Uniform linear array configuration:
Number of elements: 32
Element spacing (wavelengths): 0.25
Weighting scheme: hamming
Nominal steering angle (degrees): -30
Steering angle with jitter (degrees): -29.948
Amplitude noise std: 0.05
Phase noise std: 0.05

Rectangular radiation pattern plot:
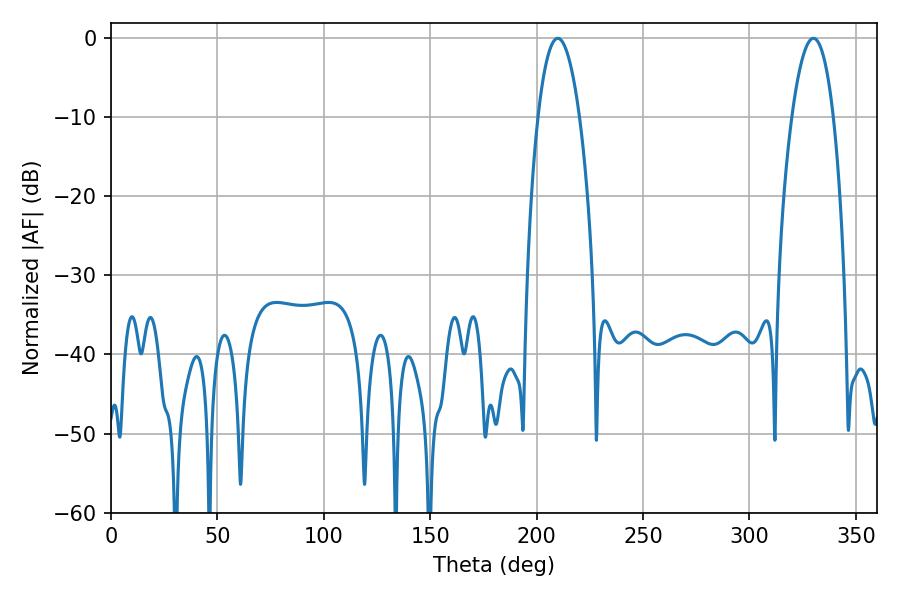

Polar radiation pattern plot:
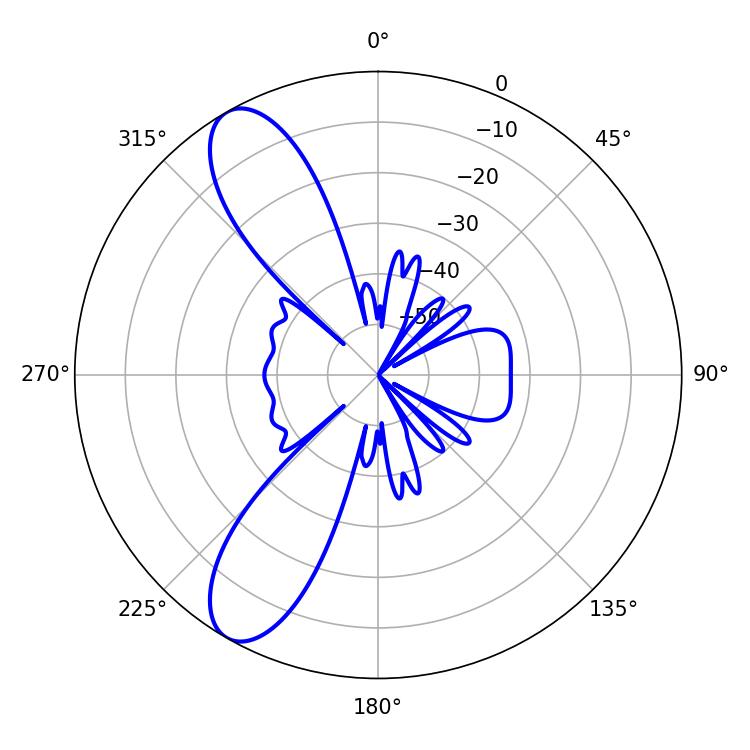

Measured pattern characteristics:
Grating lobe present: FALSE
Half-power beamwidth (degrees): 10.8
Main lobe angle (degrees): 209.88